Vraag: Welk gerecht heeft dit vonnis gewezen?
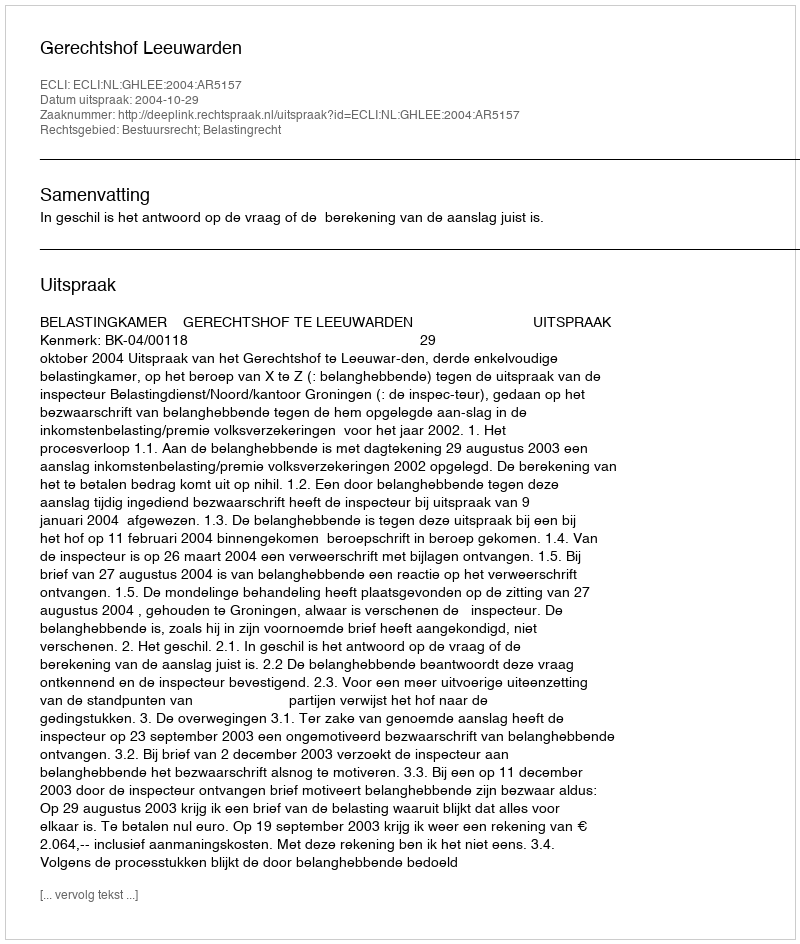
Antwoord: Gerechtshof Leeuwarden